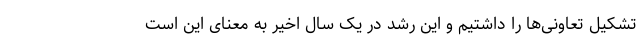
تشکیل تعاونی‌ها را داشتیم و این رشد در یک سال اخیر به معنای این است